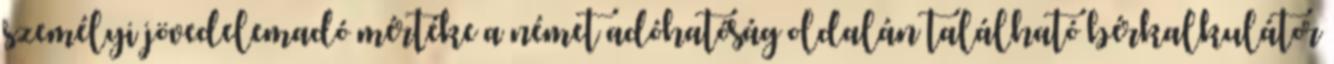
személyi jövedelemadó mértéke a német adóhatóság oldalán található bérkalkulátor